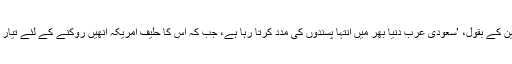
مقررین کے بقول، ’سعودی عرب دنیا بھر میں انتہا پسندوں کی مدد کرتا رہا ہے، جب کہ اس کا حلیف امریکہ انھیں روکنے کے لئے تیار نہیں‘۔